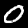
Digit: 0